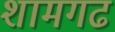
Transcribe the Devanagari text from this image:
शामगढ